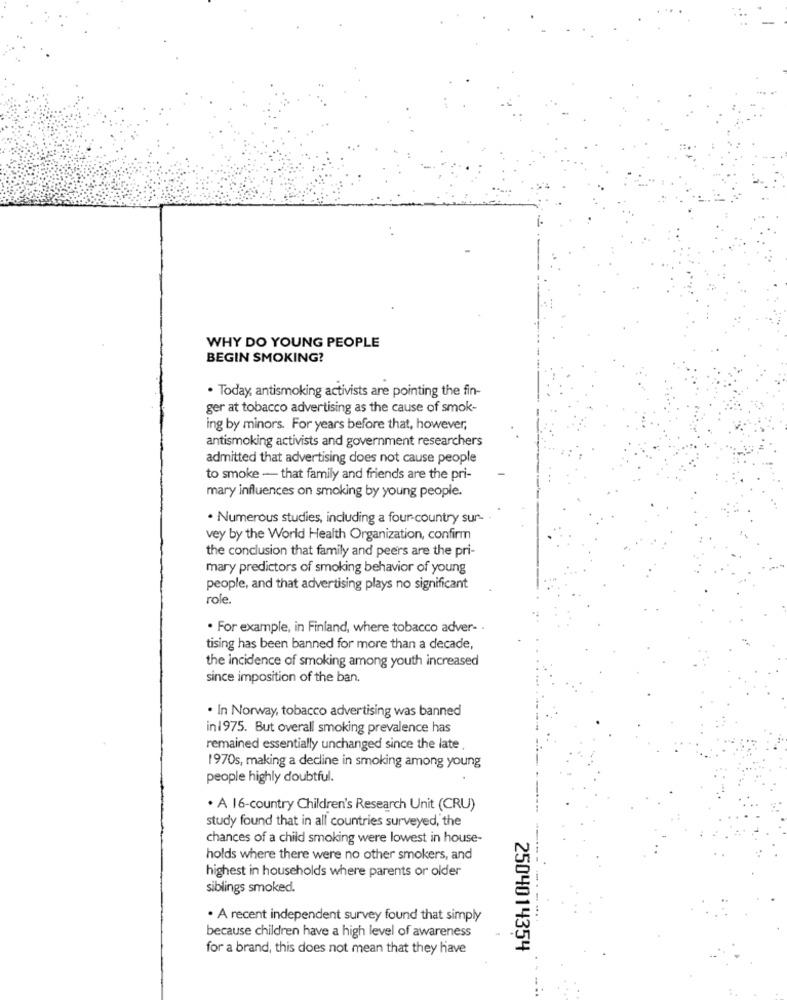
WHY DO YOUNG PEOPLE
BEGIN SMOKING?
. Today, antismoking activists are pointing the fin-
ger at tobacco advertising as the cause of smok-
ing by minors. For years before that, however,
antismoking activists and government researchers
admitted that advertising does not cause people
to smoke - that family and friends are the pri-
mary influences on smoking by young people.
· Numerous studies, including a four country sur- ·
vey by the World Health Organization, confirm
the conclusion that family and peers are the pri-
mary predictors of smoking behavior of young
people, and that advertising plays no significant
role.
. For example, in Finland, where tobacco adver- -
tising has been banned for more than a decade,
the incidence of smoking among youth increased
since imposition of the ban.
. In Norway, tobacco advertising was banned
in1975. But overall smoking prevalence has
remained essentially unchanged since the late
1970s, making a decline in smoking among young
people highly doubtful.
. A 16-country Children's Research Unit (CRU)
study found that in all countries surveyed, the
chances of a child smoking were lowest in house-
holds where there were no other smokers, and
highest in households where parents or older
siblings smoked.
. A recent independent survey found that simply
because children have a high level of awareness
for a brand, this does not mean that they have
2504014354